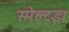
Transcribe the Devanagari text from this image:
स्मेल्टझ